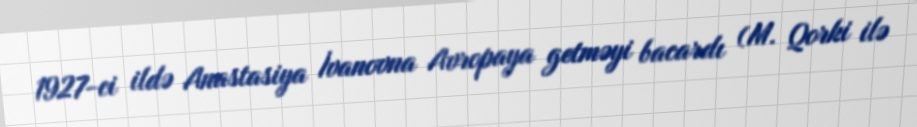
1927-ci ildə Anastasiya İvanovna Avropaya getməyi bacardı (M. Qorki ilə